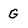
Character: G